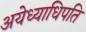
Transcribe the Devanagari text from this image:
अयेध्याधिपति